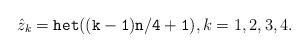
\begin{align*}\hat z_k={\tt het((k-1)n/4+1)}, k=1,2,3,4.\end{align*}